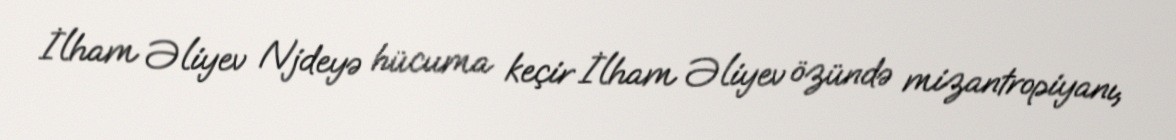
İlham Əliyev Njdeyə hücuma keçir İlham Əliyev özündə mizantropiyanı,